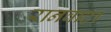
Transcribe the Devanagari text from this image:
रानवाटा